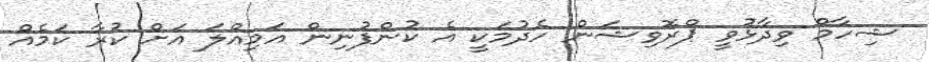
ޝިހާމް ވިދާޅުވީ ޕްރޮވިޝަން ހެދުމަކީ އެ ކުންފުނިން އަމިއްލަ އަށް ކުރާ ކަމެއް